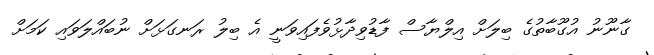
ގާނޫނު އުގޫބާތުގެ ބިލަށް އިލްޔާސް ފާޑުވިދާޅުވެފައިވަނީ އެ ބިލު ރަނގަޅަށް ނުބައްލަވައި ކަމަށް